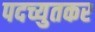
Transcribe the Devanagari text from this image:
पदच्युतकर